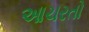
આચરતો